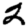
Digit: 2